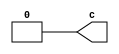
`timescale 1ps/1ps

module clock(c);

    output reg c;
    initial 
        begin
            c = 1'b0;
            repeat(30)
                #10 c = ~c;
        end
endmodule